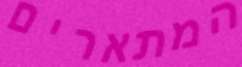
המתארים